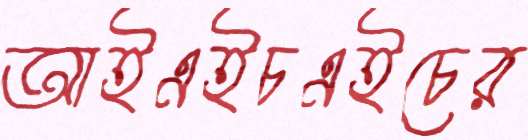
আইএইচএইচের